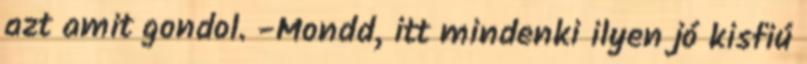
azt amit gondol. -Mondd, itt mindenki ilyen jó kisfiú